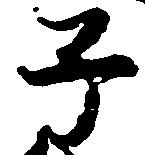
子